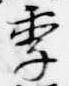
季